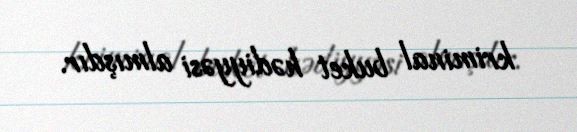
kriminal buket hədiyyəsi almışdır.